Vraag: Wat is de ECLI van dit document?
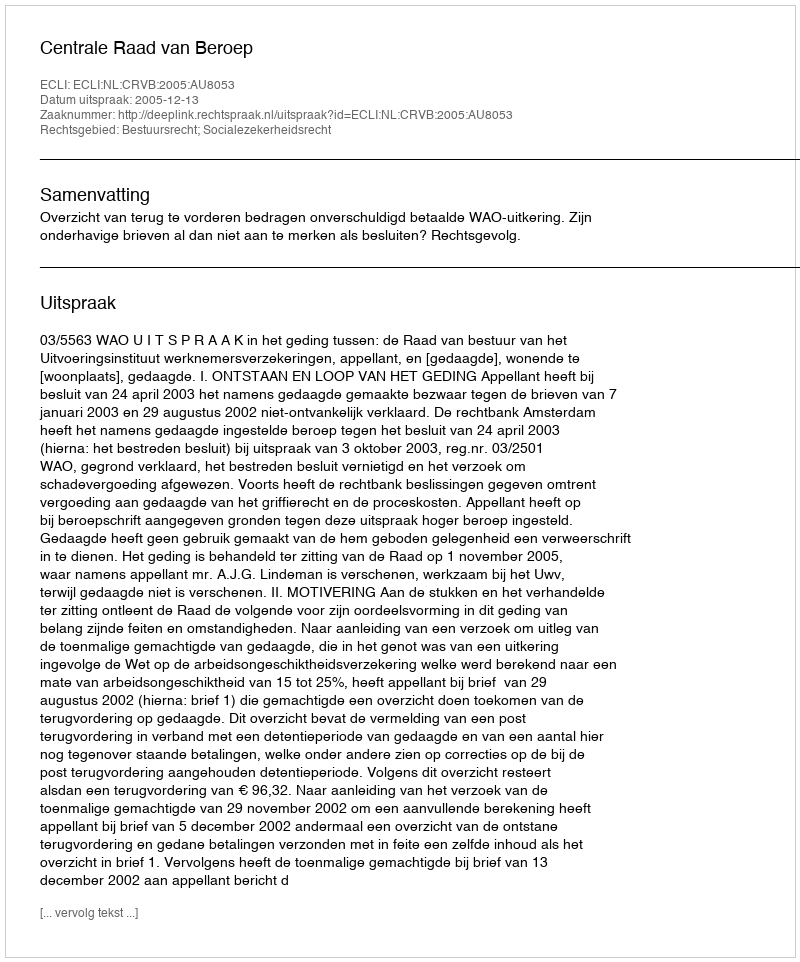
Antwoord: ECLI:NL:CRVB:2005:AU8053